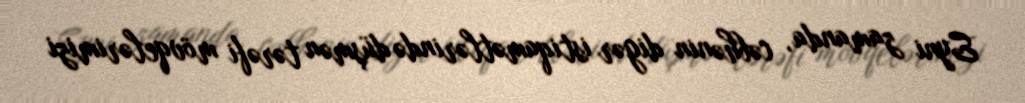
Eyni zamanda, cəbhənin digər istiqamətlərində düşmən tərəfi mövqelərimizi